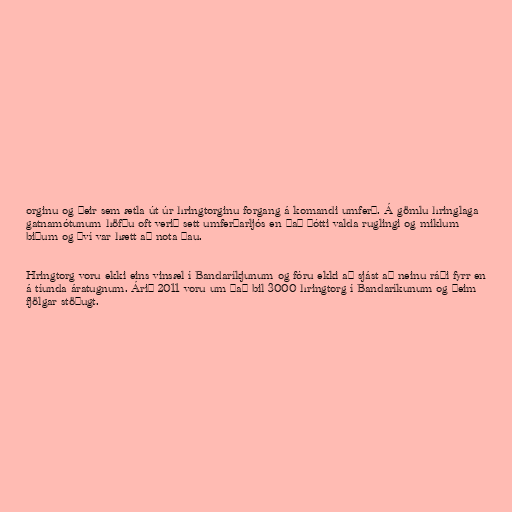
orginu og þeir sem ætla út úr hringtorginu forgang á komandi umferð. Á gömlu hringlaga
gatnamótunum höfðu oft verið sett umferðarljós en það þótti valda ruglingi og miklum
biðum og því var hætt að nota þau.

Hringtorg voru ekki eins vinsæl í Bandaríkjunum og fóru ekki að sjást að neinu ráði fyrr en
á tíunda áratugnum. Árið 2011 voru um það bil 3000 hringtorg í Bandaríkunum og þeim
fjölgar stöðugt.